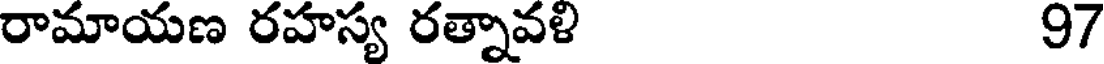
రామాయణ రహస్య రత్నావళి 97